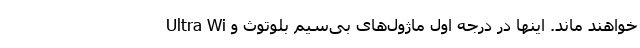
خواهند ماند. اینها در درجه اول ماژول‌های بی‌سیم بلوتوث و Ultra Wi